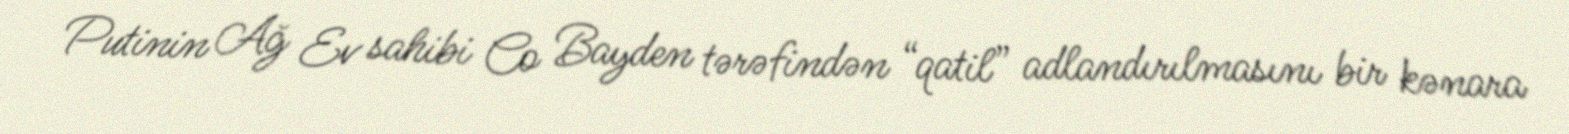
Putinin Ağ Ev sahibi Co Bayden tərəfindən “qatil” adlandırılmasını bir kənara